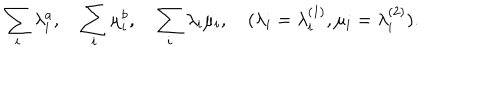
\sum _ { i } \lambda _ { i } ^ { a } , \quad \sum _ { i } \mu _ { i } ^ { b } , \quad \sum _ { i } \lambda _ { i } \mu _ { i } , \quad ( \lambda _ { i } = \lambda _ { i } ^ { ( 1 ) } , \mu _ { i } = \lambda _ { i } ^ { ( 2 ) } ) .